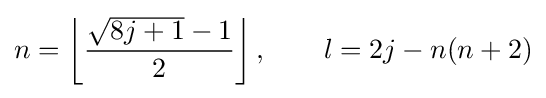
n=\left\lfloor {\frac {{\sqrt {8j+1}}-1}{2}}\right\rfloor ,\qquad l=2j-n(n+2)